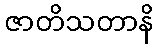
ဇာတိသတာနိ